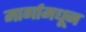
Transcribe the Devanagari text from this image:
मार्गामधून